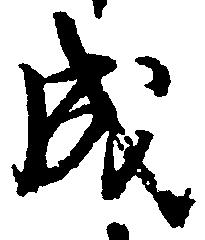
成